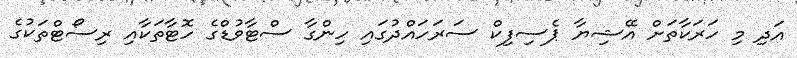
އަދި މި ހަރަކާތަށް އޭޝިޔާ ޕެސިފިކް ސަރަހައްދުގައި ހިންގާ ސްޓާވުޑްގެ ހޮޓާތަކާއި ރިސޯޓްތަކުގެ